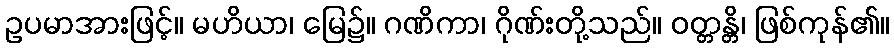
ဥပမာအားဖြင့်။ မဟိယာ၊ မြေ၌။ ဂဏိကာ၊ ဂိုဏ်းတို့သည်။ ဝတ္တန္တိ၊ ဖြစ်ကုန်၏။